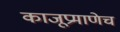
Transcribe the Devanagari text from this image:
काजूप्रमाणेच